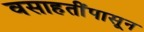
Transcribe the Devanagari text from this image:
वसाहतींपासून